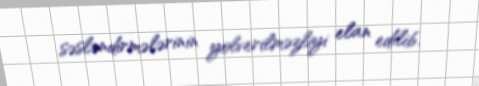
səsləndirmələrinin yolverilməzliyi elan edilib.